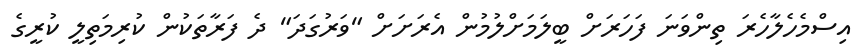
އިސްމެހެލާހެރަ ތިންވަނަ ފަހަރަށް ބީލަމަށްލުމުން އެރަށަށް "ވަރުގަދަ" ދެ ފަރާތަކުން ކުރިމަތިލީ ކުރީގެ